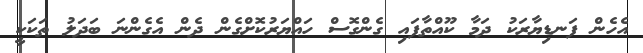
އެހެން ފަނޑިޔާރަކު ދަމާ ކޫއްތާފައި ގެންގޮސް ހައްޔަރުކޮށްގެން ދެން އެގެންނަ ބަދަލު ތަކަކީ